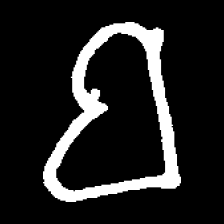
Pyu character \u2014 Myanmar letter: ဗ (romanized: ba)